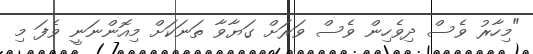
"މިހާރު ވެސް ދިވެހިން ވެސް ވަރަށް ގަޔާވާ ތަނަކަށް މިއޮންނަނީ ވެފަ މި